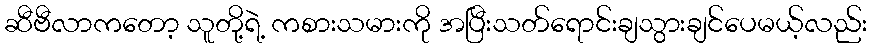
ဆီဗီလာကတော့ သူတို့ရဲ့ ကစားသမားကို အပြီးသတ်ရောင်းချသွားချင်ပေမယ့်လည်း